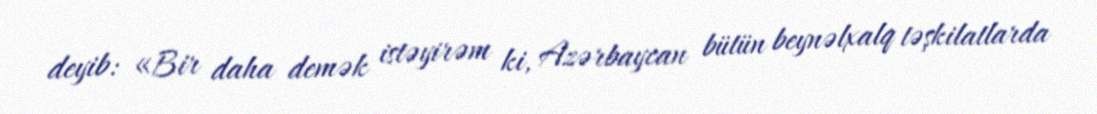
deyib: «Bir daha demək istəyirəm ki, Azərbaycan bütün beynəlxalq təşkilatlarda